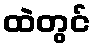
ထဲတွင်